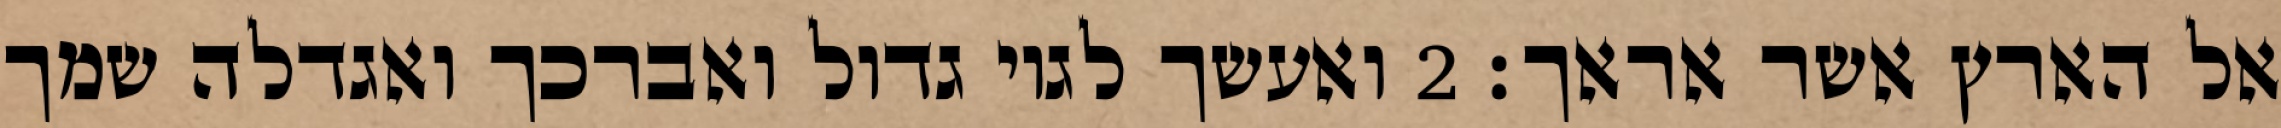
אל הארץ אשר אראך׃ ‎2‏ ואעשך לגוי גדול ואברכך ואגדלה שמך